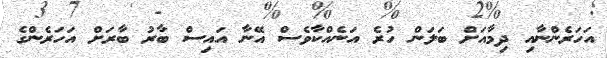
އަހަރެންނާއި ދިމާއަށް ބަލަން ހުރެ އަނެއްކާވެސް އޭނާ އައިސް ބާރު ބާރަށް އަހަރެންގެ